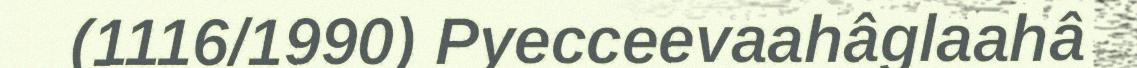
(1116/1990) Pyecceevaahâglaahâ